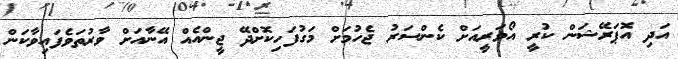
އަދި އޮޕަރޭޝަން ކުރީ އޯވަރީއަށް ކެންސަރު ޖެހުމަށް މަގުފަހިކޮށްދޭ ޖީންއެއް އޭނާއަށް ވާރުތަވެފައިވާކަން